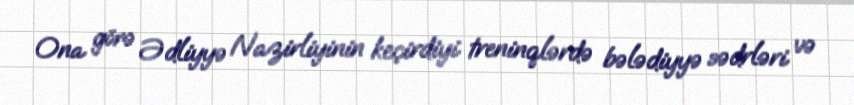
Ona görə Ədliyyə Nazirliyinin keçirdiyi treninqlərdə bələdiyyə sədrləri və